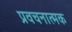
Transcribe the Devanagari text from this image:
प्रवचनात्मक